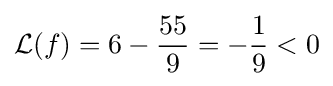
{\mathcal {L}}(f)=6-{\frac {55}{9}}=-{\frac {1}{9}}<0